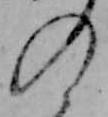
の